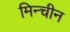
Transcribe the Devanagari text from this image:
मिन्चीन